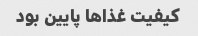
کیفیت غذاها پایین بود